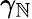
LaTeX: \gamma_{\mathbb{N}}